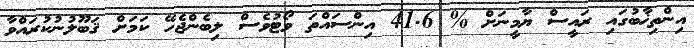
އިންތިޚާބުގައި ރައީސް ޔާމީނަށް % 41.6 އިންސައްތަ ވޯޓުވެސް ލިބެންޖެހޭ ކަމަށް ޤަބޫލުނުކުރައްވާ